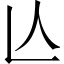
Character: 亾